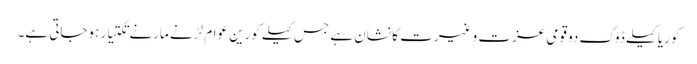
کوریا کیلے ڈوک دو قومی عزت و غیرت کا نشان ہے جس کیلے کورین عوام لڑنے مارنے تکتیار ہوجاتی ہے۔